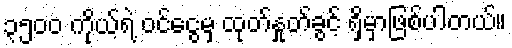
၃၅၀၀ ကိုယ့်ရဲ့ ဝင်ငွေမှ ထုတ်နှုတ်ခွင့် ရှိမှာဖြစ်ပါတယ်။